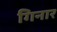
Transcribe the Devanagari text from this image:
गिनार